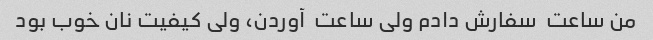
من ساعت  سفارش دادم ولی ساعت  آوردن، ولی کیفیت نان خوب بود